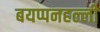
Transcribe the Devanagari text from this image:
बयप्पनहल्ली